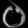
Digit: ၀